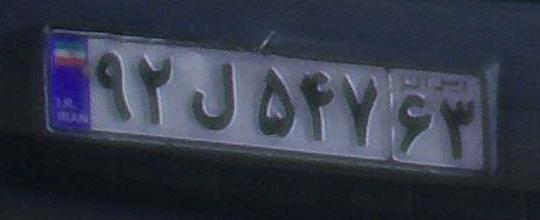
۹۲ل۵۴۷۶۳